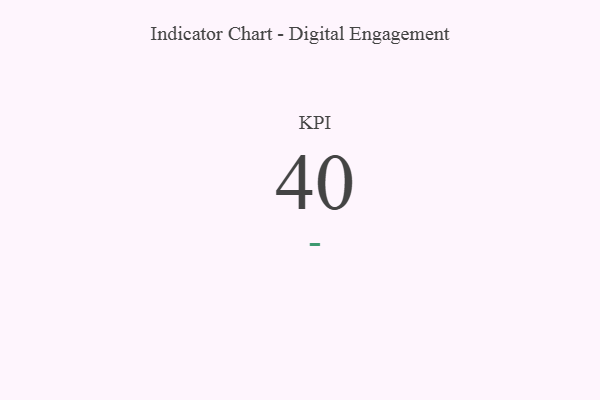
{"axis": {"x": "KPI", "y": "Value"}, "legend": [""], "data": [{"x": "KPI", "y": 40, "type": ""}]}